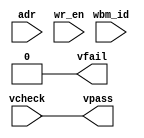
`define WR_BIT 0
`define RD_BIT 1

module bus_protect(
    vcheck,
    vfail, vpass,
    adr,
    wr_en,
    wbm_id
  );
  parameter RESTRICTION0 = 38'b0;
  parameter RESTRICTION1 = 38'b0;
  parameter RESTRICTION2 = 38'b0;


  input  vcheck;
  output vfail, vpass;
  input  [15:0] adr;
  input  wr_en;
  input   [3:0] wbm_id;

  wire addrmatch0 = adr >= RESTRICTION0[17:2] && adr <= RESTRICTION0[33:18] ? 1'b1 : 1'b0;
  wire addrmatch1 = adr >= RESTRICTION1[17:2] && adr <= RESTRICTION1[33:18] ? 1'b1 : 1'b0;
  wire addrmatch2 = adr >= RESTRICTION2[17:2] && adr <= RESTRICTION2[33:18] ? 1'b1 : 1'b0;

  wire [3:0] wbm_en_int0 = RESTRICTION0[34 + 4 - 1:34];
  wire [3:0] wbm_en_int1 = RESTRICTION1[34 + 4 - 1:34];
  wire [3:0] wbm_en_int2 = RESTRICTION2[34 + 4 - 1:34];

  wire wbm_en0 = (wbm_en_int0 & wbm_id) != 4'b0;
  wire wbm_en1 = (wbm_en_int1 & wbm_id) != 4'b0;
  wire wbm_en2 = (wbm_en_int2 & wbm_id) != 4'b0;

  wire err0 = wbm_en0 & addrmatch0 & (RESTRICTION0[`WR_BIT] & wr_en | RESTRICTION0[`RD_BIT] & ~wr_en);
  wire err1 = wbm_en1 & addrmatch1 & (RESTRICTION1[`WR_BIT] & wr_en | RESTRICTION1[`RD_BIT] & ~wr_en);
  wire err2 = wbm_en2 & addrmatch2 & (RESTRICTION2[`WR_BIT] & wr_en | RESTRICTION2[`RD_BIT] & ~wr_en);

  wire err = err0 | err1 | err2;

  assign vfail = vcheck & err;
  assign vpass = vcheck & ~err;

endmodule